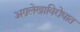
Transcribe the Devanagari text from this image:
अग्रलेखाविरोधात